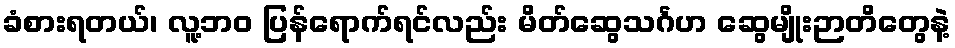
ခံစားရတယ်၊ လူ့ဘဝ ပြန်ရောက်ရင်လည်း မိတ်ဆွေသင်္ဂဟ ဆွေမျိုးဉာတိတွေနဲ့